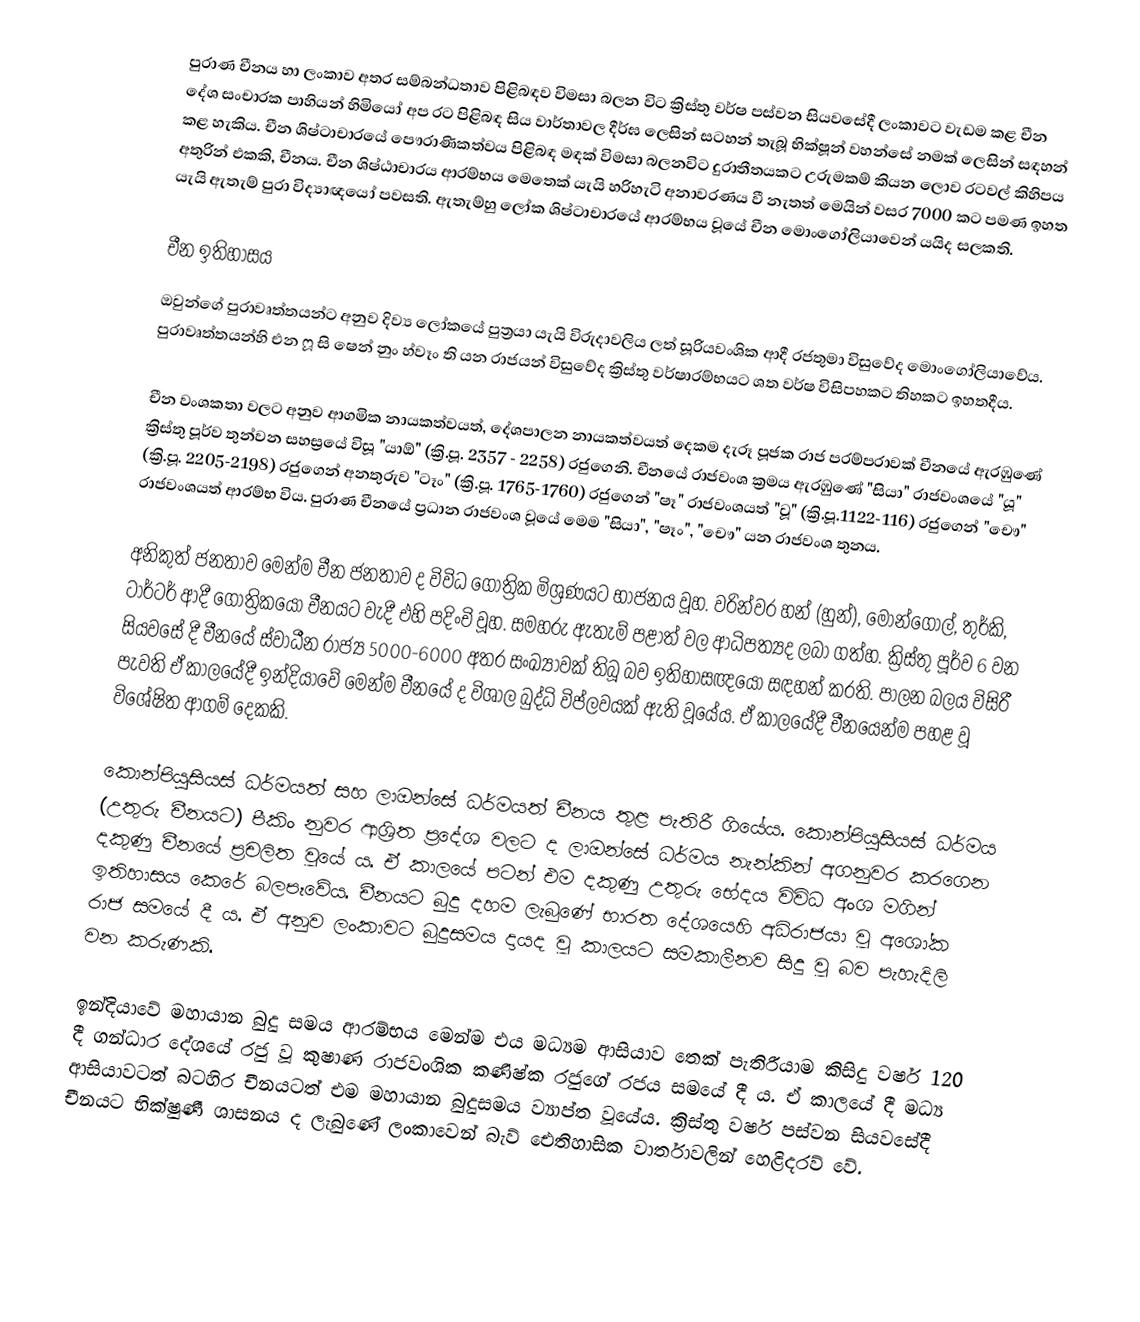
පුරාණ චීනය හා ලංකාව අතර සම්බන්ධතාව පිළිබඳව විමසා බලන විට ක්‍රිස්තු වර්ෂ පස්වන සියවසේදී ලංකාවට වැඩම කළ චීන දේශ සංචාරක පාහියන් හිමියෝ අප රට පිළිබඳ සිය වාර්තාවල දීර්ඝ ලෙසින් සටහන් තැබූ භික්ෂූන් වහන්සේ නමක් ලෙසින් සඳහන් කළ හැකිය. චීන ශිෂ්ටාචාරයේ පෞරාණිකත්වය පිළිබඳ මඳක් විමසා බලනවිට දුරාතීතයකට උරුමකම් කියන ලොව රටවල් කිහිපය අතුරින් එකකි, චීනය. චීන ශිෂ්ඨාචාරය ආරම්භය මෙතෙක් යැයි හරිහැටි අනාවරණය වී නැතත් මෙයින් වසර 7000 කට පමණ ඉහත යැයි ඇතැම් පුරා විද්‍යාඥයෝ පවසති. ඇතැම්හු ලෝක ශිෂ්ටාචාරයේ ආරම්භය වූයේ චීන මොංගෝලියාවෙන් යයිද සලකති.

චීන ඉතිහාසය
ඔවුන්ගේ පුරාවෘත්තයන්ට අනුව දිව්‍ය ලෝකයේ පුත්‍රයා යැයි විරුදාවලිය ලත් සූරියවංශික ආදී රජතුමා විසුවේද මොංගෝලියාවේය. පුරාවෘත්තයන්හි එන ෆූ සි ෂෙන් නුං හ්වෑං ති යන රාජයන් විසුවේද ක්‍රිස්තු වර්ෂාරම්භයට ශත වර්ෂ විසිපහකට තිහකට ඉහතදීය.

චීන වංශකතා වලට අනුව ආගමික නායකත්වයත්, දේශපාලන නායකත්වයත් දෙකම දැරූ පූජක රාජ පරම්පරාවක් චීනයේ ඇරඹුණේ ක්‍රිස්තු පූර්ව තුන්වන සහස්‍රයේ විසූ "යාඕ" (ක්‍රි.පූ. 2357 - 2258) රජුගෙනි. චීනයේ රාජවංශ ක්‍රමය ඇරඹුණේ "සියා" රාජවංශයේ "යූ" (ක්‍රි.පූ. 2205-2198) රජුගෙන් අනතුරුව "ටෑං" (ක්‍රි.පූ. 1765-1760) රජුගෙන් "ෂෑ" රාජවංශයත් "වූ" (ක්‍රි.පූ.1122-116) රජුගෙන් "චෞ" රාජවංශයත් ආරම්භ විය. පුරාණ චීනයේ ප්‍රධාන රාජවංශ වූයේ මෙම "සියා", "ෂෑං", "චෞ" යන රාජවංශ තුනය.

අනිකුත් ජනතාව මෙන්ම චීන ජනතාව ද විවිධ ගෝත්‍රික මිශ්‍රණයට භාජනය වූහ. වරින්වර හන් (හුන්), මොන්ගෝල්, තුර්කි, ටාර්ටර් ආදී ගෝත්‍රිකයෝ චීනයට වැදී එහි පදිංචි වූහ. සමහරු ඇතැම් පළාත් වල ආධිපත්‍යද ලබා ගත්හ. ක්‍රිස්තු පූර්ව 6 වන සියවසේ දී චීනයේ ස්වාධීන රාජ්‍ය 5000-6000 අතර සංඛ්‍යාවක් තිබූ බව ඉතිහාසඥයෝ සඳහන් කරති. පාලන බලය විසිරී පැවති ඒ කාලයේදී ඉන්දියාවේ මෙන්ම චීනයේ ද විශාල බුද්ධි විප්ලවයක් ඇති වූයේය. ඒ කාලයේදී චීනයෙන්ම පහළ වූ විශේෂිත ආගම් දෙකකි.

කොන්පියුසියස් ධර්මයත් සහ ලාඔන්සේ ධර්මයත් චීනය තුළ පැතිරී ගියේය. කොන්පියුසියස් ධර්මය (උතුරු චීනයට) පීකිං නුවර ආශ්‍රිත ප්‍රදේශ වලට ද ලාඔන්සේ ධර්මය නැන්කින් අගනුවර කරගෙන දකුණු චීනයේ ප්‍රචලිත වූයේ ය. ඒ කාලයේ පටන් එම දකුණු උතුරු භේදය විවිධ අංශ මගින් ඉතිහාසය කෙරේ බලපෑවේය. චීනයට බුදු දහම ලැබුණේ භාරත දේශයෙහි අධිරාජයා වූ අශෝක රාජ සමයේ දී ය. ඒ අනුව ලංකාවට බුදුසමය දායද වූ කාලයට සමකාලීනව සිදු වූ බව පැහැදිලි වන කරුණකි.

ඉන්දියාවේ මහායාන බුදු සමය ආරම්භය මෙන්ම එය මධ්‍යම ආසියාව තෙක් පැතිරීයාම කිසිදු වර්ෂ 120 දී ගන්ධාර දේශයේ රජු වූ කුෂාණ රාජවංශික කණිෂ්ක රජුගේ රජය සමයේ දී ය. ඒ කාලයේ දී මධ්‍ය ආසියාවටත් බටහිර චීනයටත් එම මහායාන බුදුසමය ව්‍යාප්ත වූයේය. ක්‍රිස්තු වර්ෂ පස්වන සියවසේදී චීනයට භික්ෂුණී ශාසනය ද ලැබුණේ ලංකාවෙන් බැව් ඓතිහාසික වාර්තාවලින් හෙළිදරව් වේ.